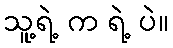
သူ့ရဲ့ က ရဲ့ ပဲ။